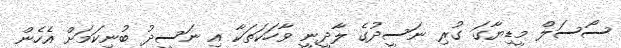
ސޯސަލް މީޑިޔާގަ ގުރި ނަސީދުގެ ލާދީނީ ވާހަކަތަކާ އި ނަސީދު ބުނިކަމަށް އެހެން